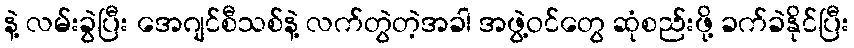
နဲ့ လမ်းခွဲပြီး အေဂျင်စီသစ်နဲ့ လက်တွဲတဲ့အခါ အဖွဲ့ဝင်တွေ ဆုံစည်းဖို့ ခက်ခဲနိုင်ပြီး